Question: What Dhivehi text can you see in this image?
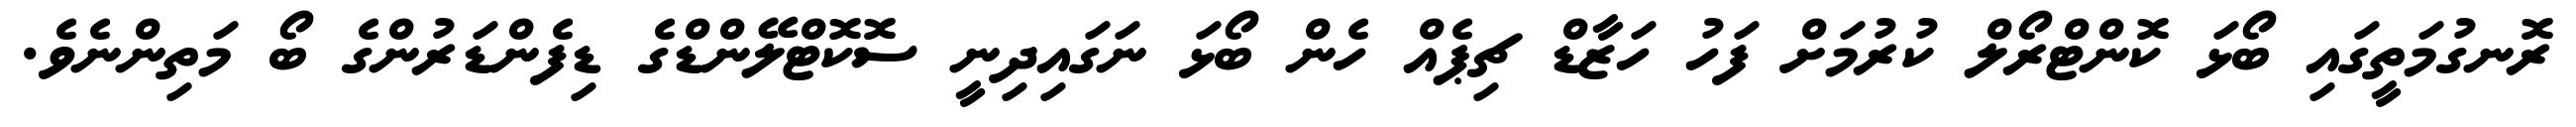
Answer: ރޮނގުމަތީގައި ބޯޅަ ކޮންޓްރޯލް ކުރުމަށް ފަހު ހަޒާޑް ޗިޕެއް ހެން ބޯޅަ ނަގައިދިނީ ސޮކޮޓްލޭންޑްގެ ޑިފެންޑަރުންގެ ބޯ މަތިންނެވެ.